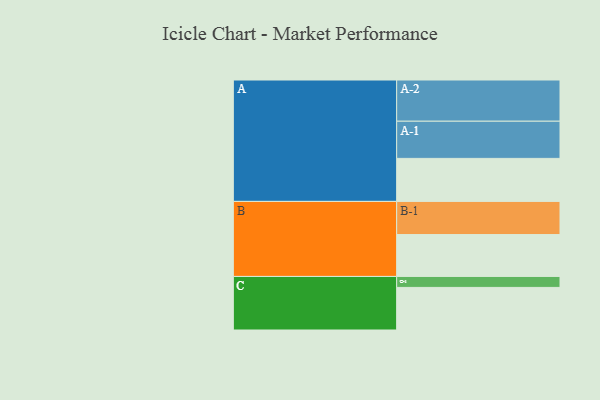
{"axis": {"x": "Segment", "y": "Value"}, "legend": ["", "A", "B", "C"], "data": [{"x": "A", "y": 310, "type": ""}, {"x": "B", "y": 302, "type": ""}, {"x": "C", "y": 307, "type": ""}, {"x": "A-1", "y": 268, "type": "A"}, {"x": "A-2", "y": 297, "type": "A"}, {"x": "B-1", "y": 239, "type": "B"}, {"x": "C-1", "y": 79, "type": "C"}]}